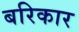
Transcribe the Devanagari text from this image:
बरिकार